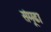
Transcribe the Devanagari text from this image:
संमूढा